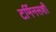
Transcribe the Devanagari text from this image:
टर्मिनसशी